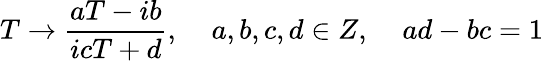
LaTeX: T\rightarrow\frac{aT-ib}{icT+d},\; \; \; \; a,b,c,d\in Z,\; \; \; \; ad-bc=1